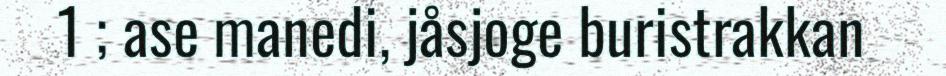
1 ; ase manedi, jåsjoge buristrakkan